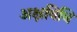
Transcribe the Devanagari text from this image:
अक्षविधि